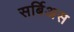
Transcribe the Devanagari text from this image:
सर्बिअस